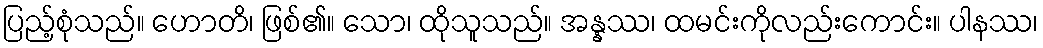
ပြည့်စုံသည်။ ဟောတိ၊ ဖြစ်၏။ သော၊ ထိုသူသည်။ အန္နဿ၊ ထမင်းကိုလည်းကောင်း။ ပါနဿ၊